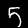
Digit: 5